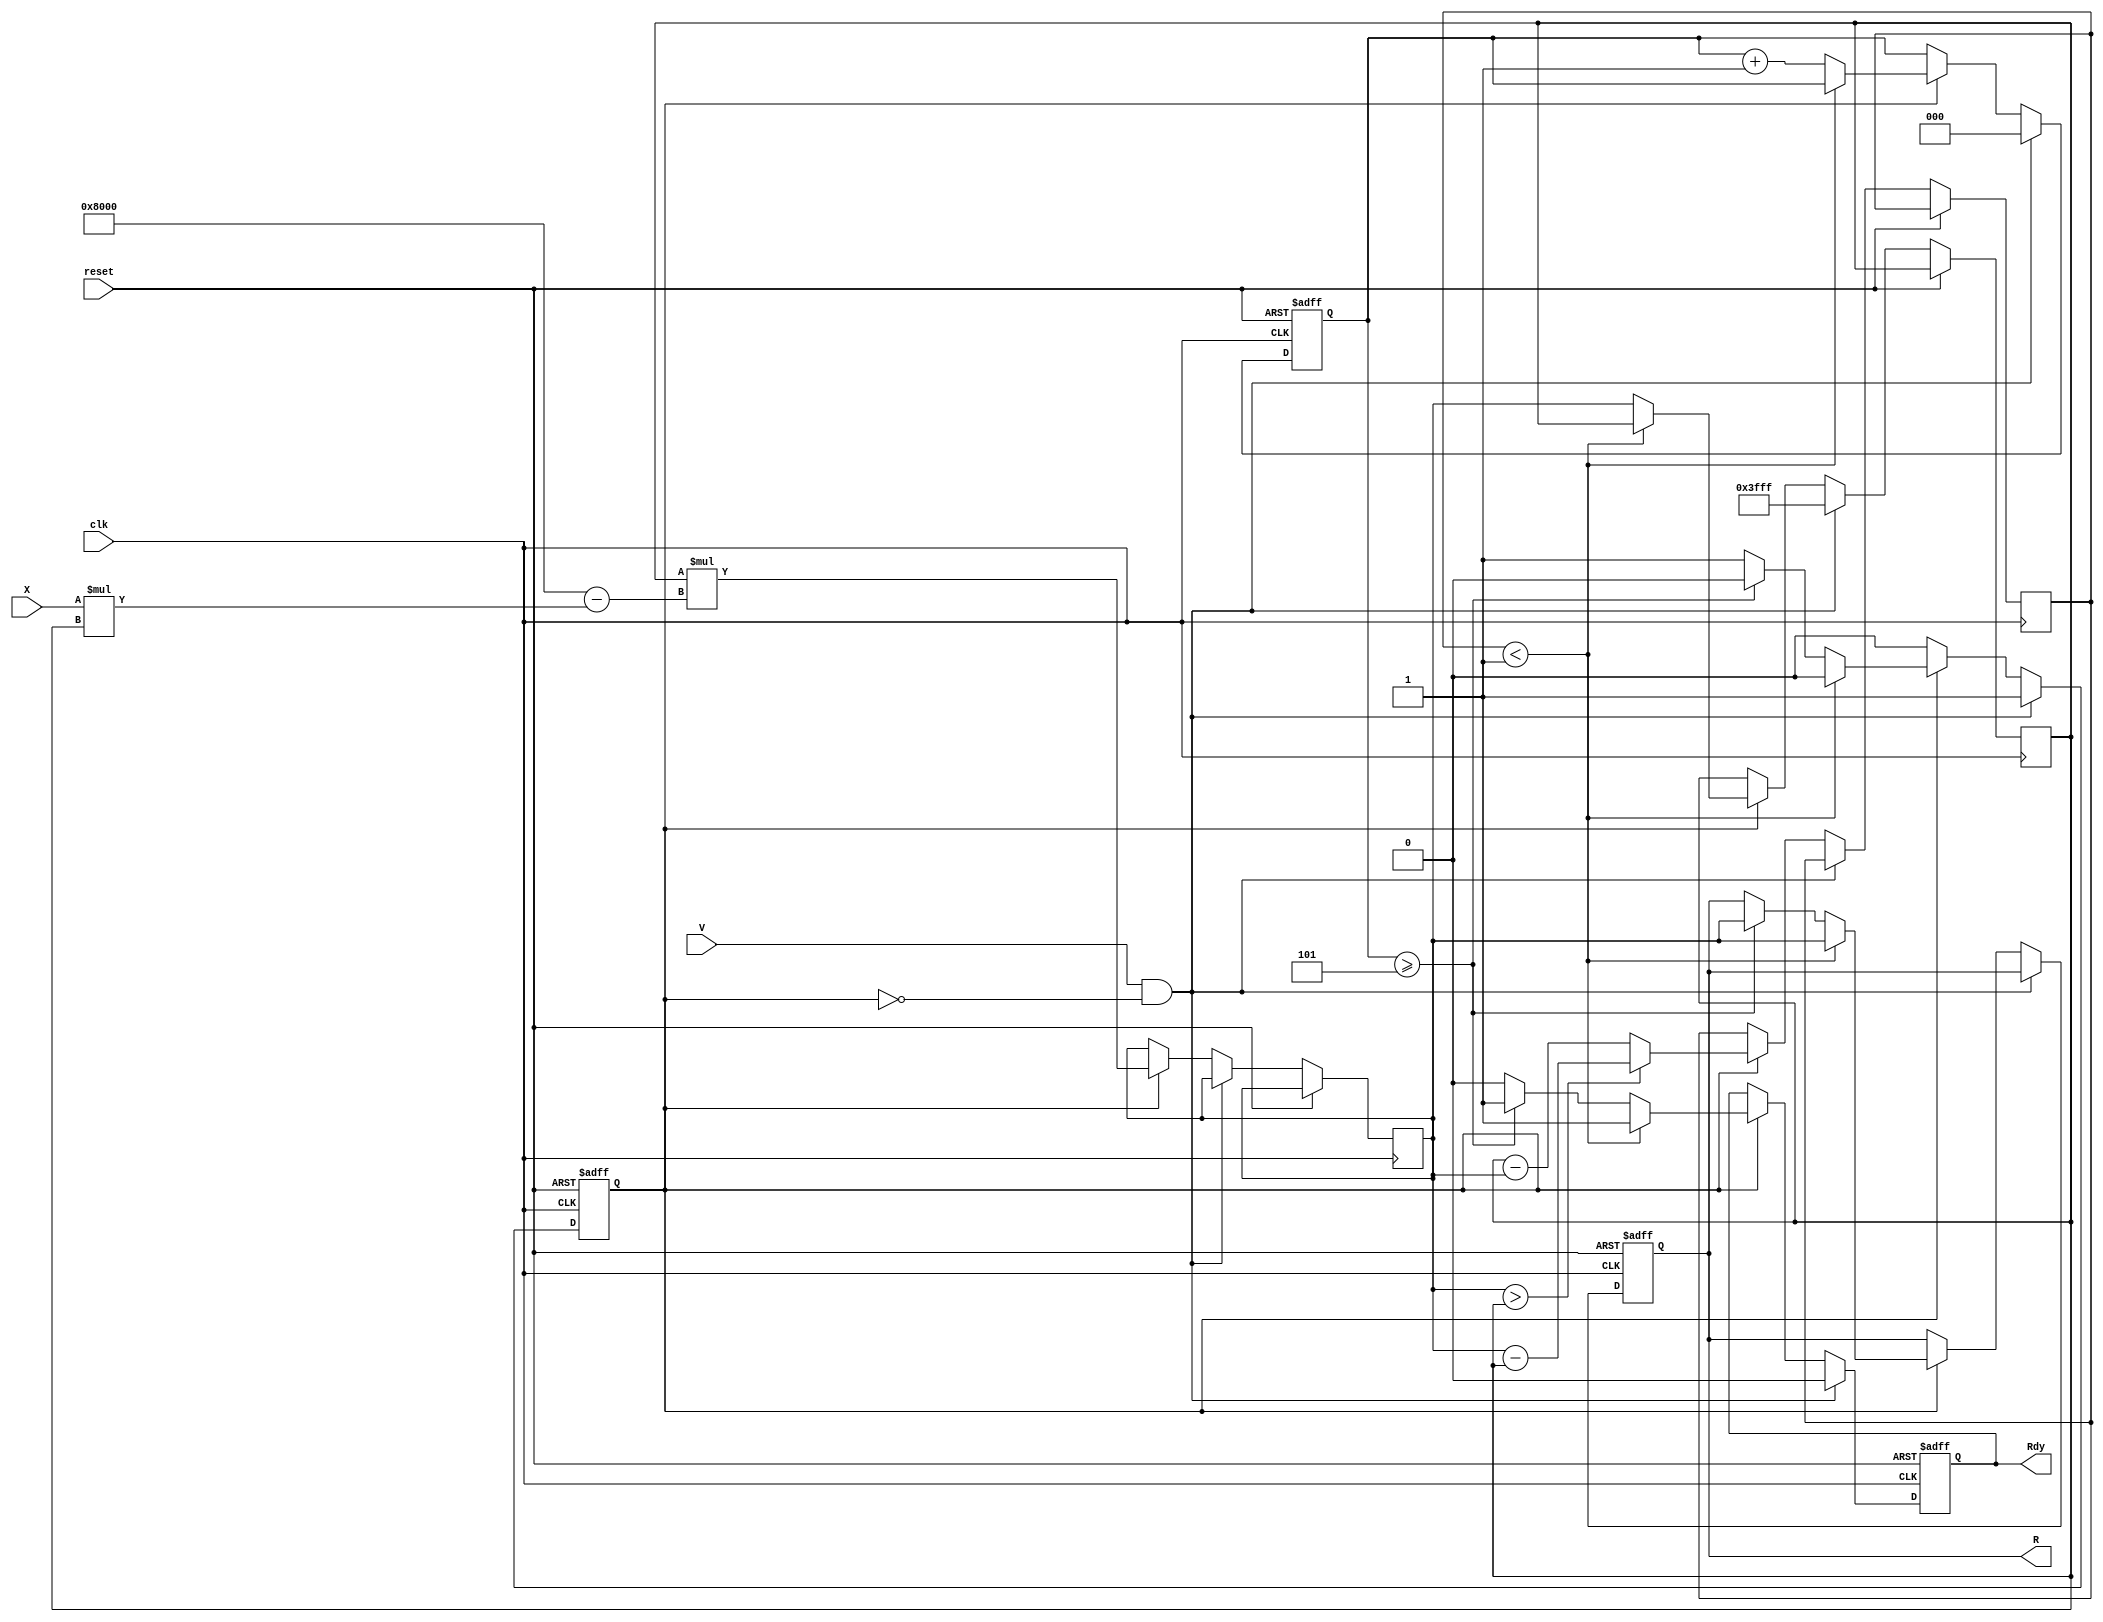
module iterative_reciprocal #(
    parameter N = 16,              // Number of bits for input and output
    parameter MAX_ITERATIONS = 5,  // Maximum number of iterations
    parameter THRESHOLD = 16'h0001  // Convergence threshold
)(
    input wire clk,
    input wire reset,
    input wire [N-1:0] X,  // Input value (0 < X < 1)
    input wire V,          // Valid signal
    output reg [N-1:0] R,  // Output reciprocal
    output reg Rdy         // Ready signal
);

    reg [N-1:0] R_current; // Current estimate of the reciprocal
    reg [N-1:0] R_next;    // Next estimate of the reciprocal
    reg [N-1:0] error;     // Difference for convergence check
    reg [2:0] iter_count;  // Iteration counter
    reg in_progress;       // Indicates if computation is in progress

    always @(posedge clk or posedge reset) begin
        if (reset) begin
            R <= 0;
            Rdy <= 0;
            iter_count <= 0;
            in_progress <= 0;
        end else begin
            if (V && !in_progress) begin
                // Initial estimate: R_current = 0.5 (for example)
                R_current <= {1'b0, {N-1{1'b1}}} >> 1; // Initial approximation of 0.5
                iter_count <= 0;
                in_progress <= 1;
                Rdy <= 0;
            end else if (in_progress) begin
                // Newton-Raphson iteration
                R_next <= R_current * ({1'b1, {N-1{1'b0}}} - X * R_current); // R_next = R_current * (2 - X * R_current)
                error <= (R_next > R_current) ? (R_next - R_current) : (R_current - R_next);

                // Check for convergence
                if (error < THRESHOLD) begin
                    R <= R_next;     // Update final result
                    Rdy <= 1;        // Output is ready
                    in_progress <= 0; // End of operation
                end else begin
                    R_current <= R_next; // Update current estimate
                    iter_count <= iter_count + 1;
                    
                    // Check for maximum iterations
                    if (iter_count >= MAX_ITERATIONS) begin
                        R <= R_next;     // Return last computed value
                        Rdy <= 1;        // Output is ready
                        in_progress <= 0; // End of operation
                    end else begin
                        Rdy <= 0;        // Not ready yet
                    end
                end
            end
        end
    end
endmodule